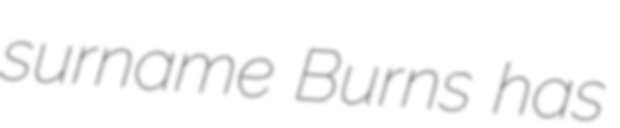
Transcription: surname Burns has